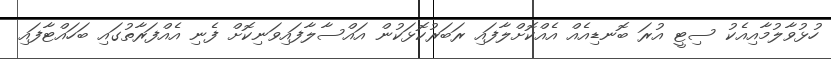
ހުޅުވާލުމާއިއެކު ސިޓީ އުރަ ބޮނޑިއެއް އެއްކޮށްލާފައި ރަބަރުކޮޅަކުން އައްސާލާފައިވަނިކޮށް ފެނި އެއްފަރާތުގައި ބަހައްޓާފައި